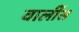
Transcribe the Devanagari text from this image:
वार्लीस